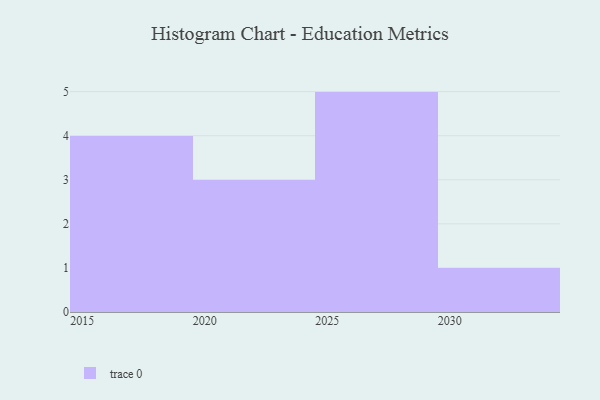
{"axis": {"x": "Year", "y": "Satisfaction Score"}, "legend": [""], "data": [{"x": "2028", "y": 56, "type": ""}, {"x": "2017", "y": 48, "type": ""}, {"x": "2021", "y": 61, "type": ""}, {"x": "2026", "y": 43, "type": ""}, {"x": "2027", "y": 40, "type": ""}, {"x": "2025", "y": 6, "type": ""}, {"x": "2016", "y": 6, "type": ""}, {"x": "2029", "y": 3, "type": ""}, {"x": "2019", "y": 33, "type": ""}, {"x": "2030", "y": 20, "type": ""}, {"x": "2023", "y": 84, "type": ""}, {"x": "2015", "y": 83, "type": ""}, {"x": "2022", "y": 4, "type": ""}]}